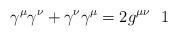
LaTeX: \begin{align*}\gamma ^\mu \gamma ^\nu +\gamma ^\nu \gamma ^\mu =2g^{\mu \nu }\ \ 1\end{align*}